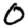
Digit: 0